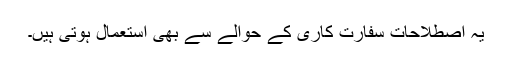
یہ اصطلاحات سفارت کاری کے حوالے سے بھی استعمال ہوتی ہیں۔